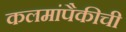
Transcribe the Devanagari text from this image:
कलमांपैकीची